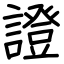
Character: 證